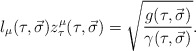
\begin{align*}l_\mu(\tau,\vec{\sigma})z^\mu_\tau(\tau,\vec{\sigma})=\sqrt{\frac{g(\tau,\vec{\sigma})}{\gamma(\tau,\vec{\sigma})}}. \end{align*}